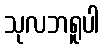
သုလဘရူပါ